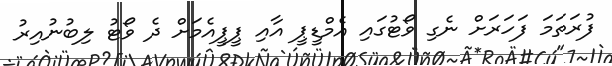
ފުރަތަމަ ފަހަރަށް ނެގި ވޯޓުގައި އެމްޑީޕީ އާއި ޕީޕީއެމަށް ދެ ވޯޓު ލިބުނުއިރު